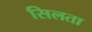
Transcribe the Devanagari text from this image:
सिलता